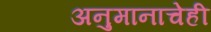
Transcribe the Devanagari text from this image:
अनुमानाचेही